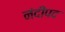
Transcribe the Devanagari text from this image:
नंदीपद